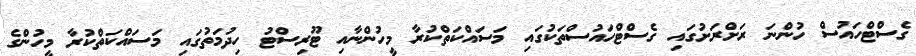
ގެސްޓްހައުސް ހުންނަ ރަށްރަށުގައި ގެސްޓްހައުސްތަކުގައި މަސައްކަތްކުރާ މީހުންނާއި ޓޫރިސްޓު ހިދުމަތުގައި މަސައްކަތްކުރާ މީހުންގެ